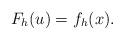
LaTeX: \begin{align*} F_h(u) = f_h(x).\end{align*}